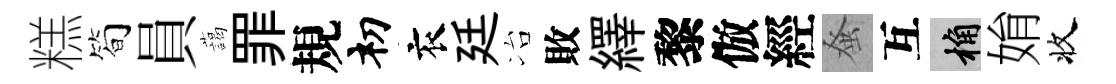
糕简員藹罪規𥘉衣廷冶敗繹黎倣經𫊫互桷姢收